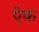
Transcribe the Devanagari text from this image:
एेक